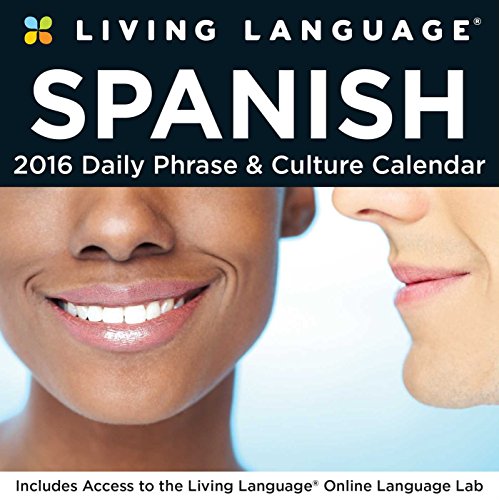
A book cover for Living Language: Spanish 2016 Day-to-Day Calendar; Random House Direct; Calendars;